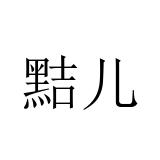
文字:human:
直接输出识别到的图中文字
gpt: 黠儿